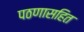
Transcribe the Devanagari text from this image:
पठणासहित